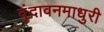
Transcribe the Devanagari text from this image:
वृंदावनमाधुरी